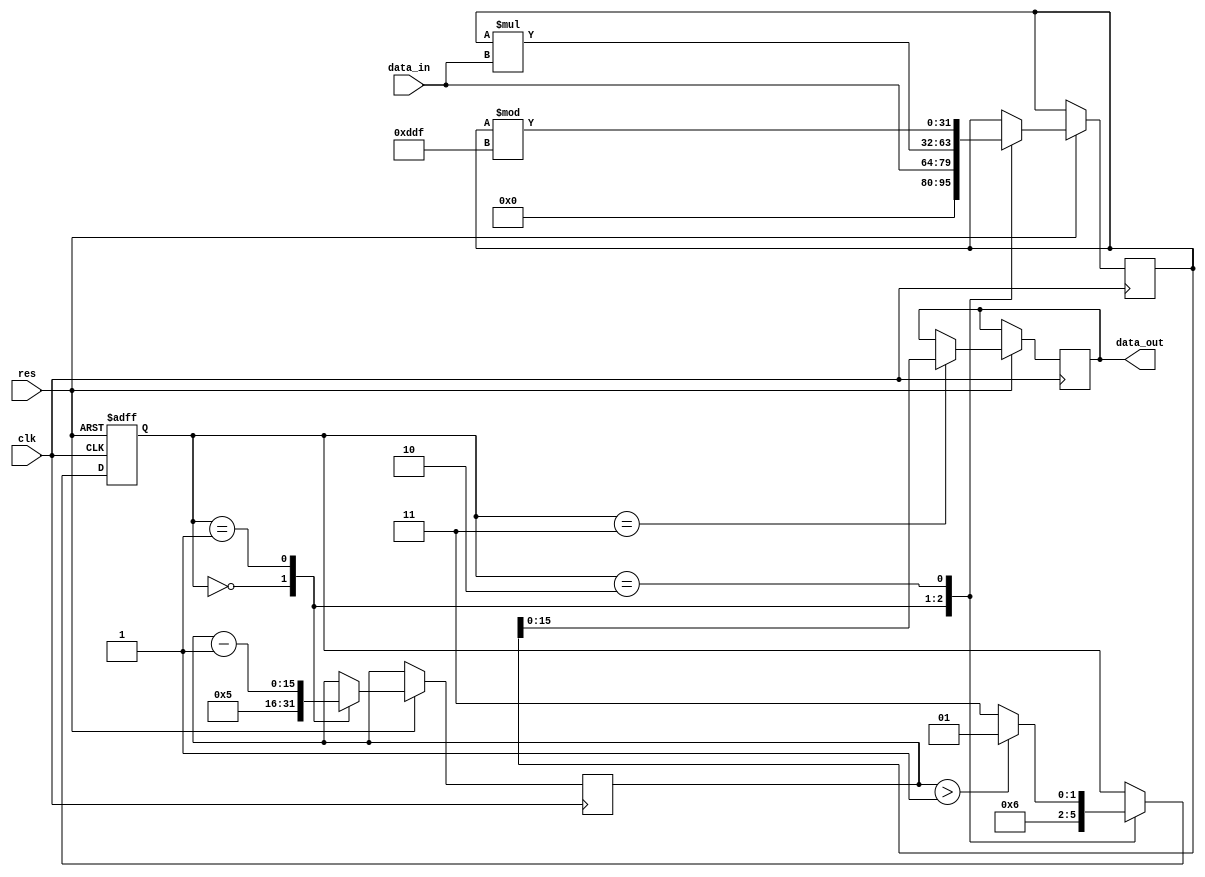
`timescale 1ns/10ps
module rsa_encoder(
    clk,
    res,
    data_in,
    data_out
);
input           clk;
input           res;
input[15:0]     data_in;
output[15:0]    data_out;

//RSA (0,65535)
parameter       p=67,q=53,n=3551,t=3432,e=5,d=1373;
	   
reg[1:0]        case_num;
reg[15:0]       e_reg;                      //
reg[31:0]       tmp;                        //
reg[15:0]       data_out;

//
always @(posedge clk or negedge res) begin
    if(~res) begin
        case_num<=0;
    end
    else begin
        case (case_num)
            //e
            2'd0:begin
                e_reg<=e;
                tmp<={16'd0,data_in};
                case_num<=2'd1;
            end
            //
            2'd1:begin
                tmp<=tmp*data_in;
                e_reg<=e_reg-1;
                case_num<=2'd2;
            end
            //  or 
            2'd2:begin
                tmp<=tmp%n;
                if(e_reg>16'd1) begin
                    case_num<=2'd1;
                end
                else begin
                    case_num<=2'd3;
                end
            end
            //
            2'd3:begin
                data_out<=tmp;
            end
            // default: 
        endcase
    end  
end
endmodule

module rsa_encoder_tb;
reg			clk,res;
reg[15:0]	data_in;
wire[15:0]	data_out;

rsa_encoder rsa_encoder(
	.clk(clk),
    .res(res),
	.data_in(data_in),
	.data_out(data_out)
);

initial begin
			clk<=0;res<=0;
			data_in<=16'd1234;
    #7      res<=1;
	#1000	$stop;
end

always #5 clk<=~clk;

endmodule